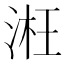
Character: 㳹